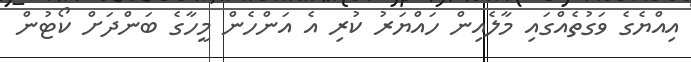
އިއްޔެގެ ވަގުތެއްގައި މާލެއިން ހައްޔަރު ކުރި އެ އަންހެން މީހާގެ ބަންދަށް ކޯޓުން